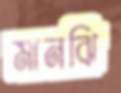
মানঝি